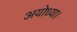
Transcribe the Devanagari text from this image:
अयोध्या।